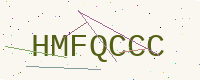
Text: HMFQCCC